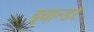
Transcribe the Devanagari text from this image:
इवान्डर